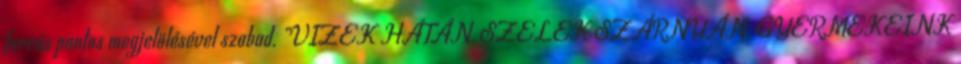
forrás pontos megjelölésével szabad. „VIZEK HÁTÁN, SZELEK SZÁRNYÁN, GYERMEKEINK